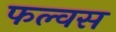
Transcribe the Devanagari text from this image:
फल्वस